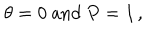
\theta = 0 \mathrm { ~ a n d ~ } P = I \, , \quad